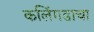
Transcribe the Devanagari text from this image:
कलिंगडाचा